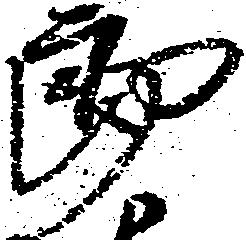
郎